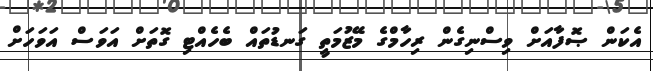
އެކަން ޞޮފާއަށް ވިސްނިގެން ރިހާމްގެ މޭޒުމަތީ ގަނޑުތައް ބެހެއްޓި ގޮތަށް އަވަސް އަވަހަށް